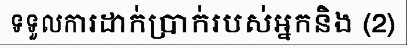
ទទួលការដាក់ប្រាក់របស់អ្នកនិង (2)